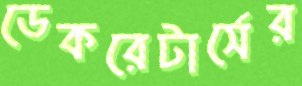
ডেকরেটার্সের